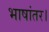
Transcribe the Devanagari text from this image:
भाषांतर।